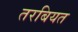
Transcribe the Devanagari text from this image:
तरबियत